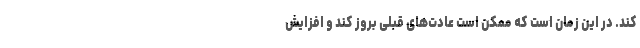
کند. در این زمان است که ممکن است عادت‌های قبلی بروز کند و افزایش